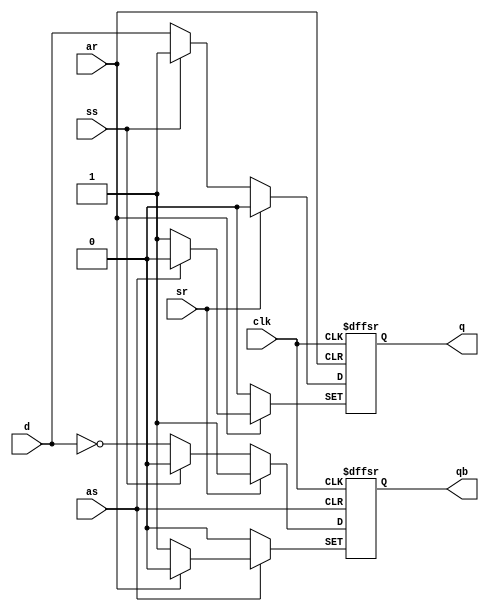
module DFF_edge_asar(
    input d,clk,ss,sr,as,ar,
    output q,qb
);
    reg q,qb;
    wire d;
    wire clk;
    wire as,ar;
    wire ss,sr;

    always @(posedge clk or negedge as or negedge ar) begin
      if(~ar)begin
        q<=0;
        qb<=1;
      end
      else if(~as) begin
        q<=1;
        qb<=0;
      end
      else begin
        if(sr) begin
          q<=0;
          qb<=-1;
        end
        else if(ss) begin
          q<=1;
          qb<=0;
        end
        else begin
            q<=d;
            qb<=~d;
        end
      end
    end     
endmodule